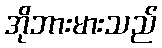
အိုဘားမားသည်